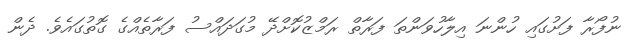
ނުފޯރާ ފަށުގައި ހުންނަ އިލާހުވަންތަ ފަރާތް ރަމްޒުކޮށްދޭ މުގަދައްސު ފަރާތެއްގެ ގޮތުގައެވެ. ދެން